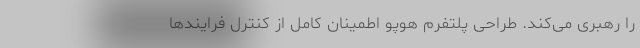
را رهبری می‌کند. طراحی پلتفرم هوپو اطمینان کامل از کنترل فرایندها